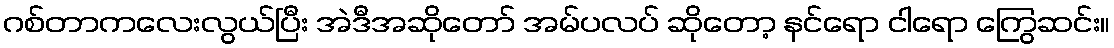
ဂစ်တာကလေးလွယ်ပြီး အဲဒီအဆိုတော် အမ်ပလပ် ဆိုတော့ နင်ရော ငါရော ကြွေဆင်း။